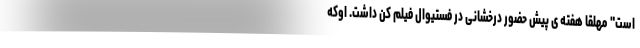
است" مهلقا هفته ی پیش حضور درخشانی در فستیوال فیلم کن داشت. او‌که